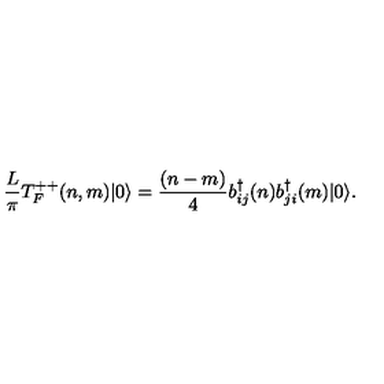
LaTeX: \frac { L } { \pi } T _ { F } ^ { + + } ( n , m ) | 0 \rangle = { \frac { ( n - m ) } { 4 } } b _ { i j } ^ { \dagger } ( n ) b _ { j i } ^ { \dagger } ( m ) | 0 \rangle .